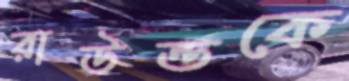
রাউন্ডকে